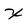
Character: x